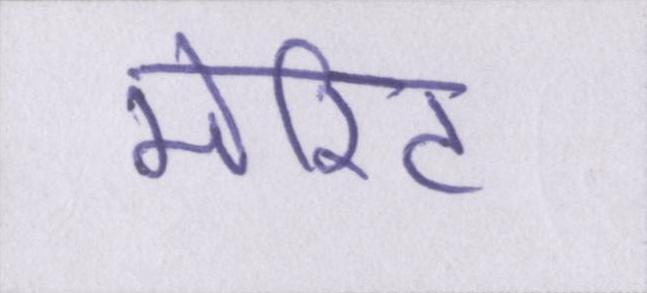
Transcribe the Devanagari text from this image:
मेरिट